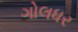
ગોલધર